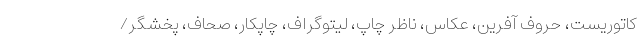
کاتوریست، حروف آفرین، عکاس، ناظر چاپ، لیتوگراف، چاپکار، صحاف، پخشگر/